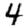
Digit: 4